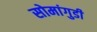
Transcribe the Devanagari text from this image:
सोमांगुडी